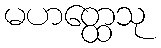
မဟတ္ထေသု